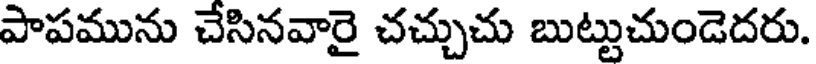
పాపమును చేసినవారై చచ్చుచు బుట్టుచుండెదరు.